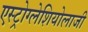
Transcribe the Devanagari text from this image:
एस्ट्रोग्लेशियोलाजी